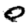
Digit: 0